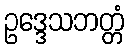
ဥဒ္ဒေသဘတ္တံ